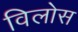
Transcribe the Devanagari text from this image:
विलोस